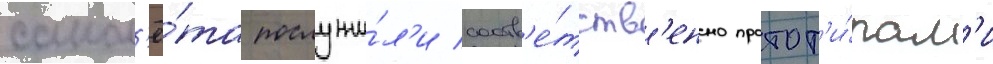
самол'ё́та послужи́л'и соотв'е́тств'енно протот'и́пам'и